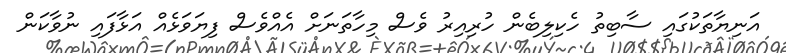
އަނިޔާތަކުގައި ސާބިތު ހެކިލިބެން ހުރިއިރު ވެސް މިހާތަނަށް އެއްވެސް ފިޔަވަޅެއް އަޅާފައި ނުވާކަން